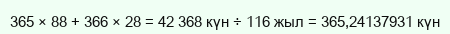
365 × 88 + 366 × 28 = 42 368 күн ÷ 116 жыл = 365,24137931 күн